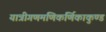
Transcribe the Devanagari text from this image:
यात्रीगणमणिकर्णिकाकुण्ड